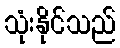
သုံးနိုင်သည်